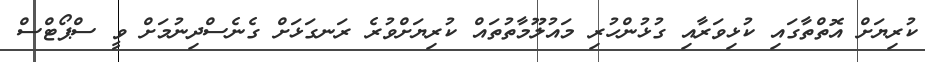
ކުރިޔަށް އޮތްތާގައި ކުޅިވަރާއި ގުޅުންހުރި މައުލޫމާތުތައް ކުރިޔަށްވުރެ ރަނގަޅަށް ގެނެސްދިނުމަށް ވީ ސްޕޯޓްސް